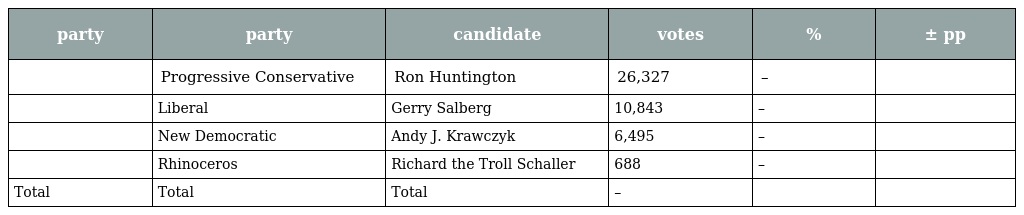
| party | party | candidate | votes | % | ± pp |
 | --- | --- | --- | --- | --- | --- |
 |  | Progressive Conservative | Ron Huntington | 26,327 | – |  |
 |  | Liberal | Gerry Salberg | 10,843 | – |  |
 |  | New Democratic | Andy J. Krawczyk | 6,495 | – |  |
 |  | Rhinoceros | Richard the Troll Schaller | 688 | – |  |
 | Total | Total | Total | – |  |  |